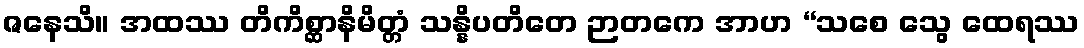
ဇနေသိ။ အထဿ တိကိစ္ဆာနိမိတ္တံ သန္နိပတိတေ ဉာတကေ အာဟ “သစေ သွေ ထေရဿ